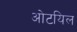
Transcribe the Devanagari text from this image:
ओटयिल